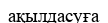
ақылдасуға